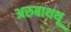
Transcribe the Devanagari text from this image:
अरुबाथथू